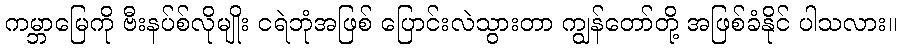
ကမ္ဘာမြေကို ဗီးနပ်စ်လိုမျိုး ငရဲဘုံအဖြစ် ပြောင်းလဲသွားတာ ကျွန်တော်တို့ အဖြစ်ခံနိုင် ပါသလား။